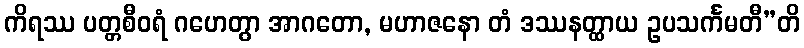
ကိရဿ ပတ္တစီဝရံ ဂဟေတွာ အာဂတော, မဟာဇနော တံ ဒဿနတ္ထာယ ဥပသင်္ကမတီ”တိ